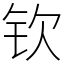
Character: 钦